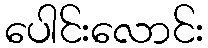
ပေါင်းလောင်း